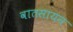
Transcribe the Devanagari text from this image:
वातसायन